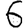
Digit: 6